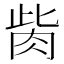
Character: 胔